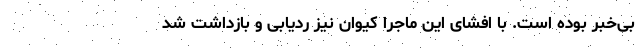
بی‌خبر بوده است. با افشای این ماجرا کیوان نیز ردیابی و بازداشت شد